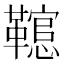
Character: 䪀